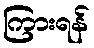
ကြားရန်